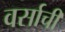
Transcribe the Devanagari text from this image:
वर्साची